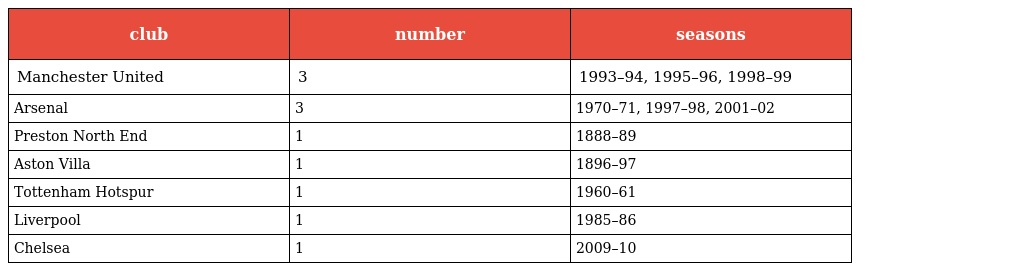
| club | number | seasons |
 | --- | --- | --- |
 | Manchester United | 3 | 1993–94, 1995–96, 1998–99 |
 | Arsenal | 3 | 1970–71, 1997–98, 2001–02 |
 | Preston North End | 1 | 1888–89 |
 | Aston Villa | 1 | 1896–97 |
 | Tottenham Hotspur | 1 | 1960–61 |
 | Liverpool | 1 | 1985–86 |
 | Chelsea | 1 | 2009–10 |